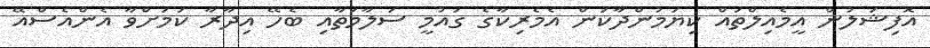
އޮފިޝަލުން އީމެއިލްތައް ކިޔަމުންދާކަން އެމެރިކާގެ ގައުމީ ސަލާމަތާއި ބެހޭ އިދާރާ ކަމަށްވާ އެންއެސްއޭ